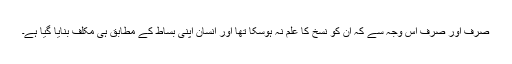
صرف اور صرف اس وجہ سے کہ ان کو نسخ کا علم نہ ہوسکا تھا اور انسان اپنی بساط کے مطابق ہی مکلف بنایا گیا ہے۔